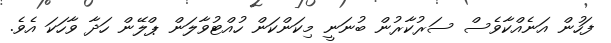
ފަހުން އަނެއްކާވެސް ސަރުކާރުން ބުނަނީ މިކަންކަން ހުއްޓުވާލަން ޕްލޭން ހަދާ ވާހަކަ އެވެ.